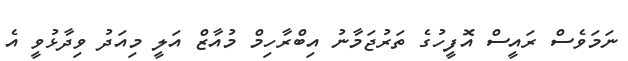
ނަމަވެސް ރައީސް އޮފީހުގެ ތަރުޖަމާނު އިބްރާހިމް މުއާޒް އަލީ މިއަދު ވިދާޅުވީ އެ